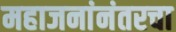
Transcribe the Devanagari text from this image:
महाजनांनंतरचा